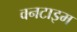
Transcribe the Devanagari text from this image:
वनटाइम